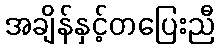
အချိန်နှင့်တပြေးညီ